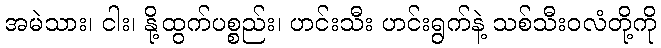
အမဲသား၊ ငါး၊ နို့ထွက်ပစ္စည်း၊ ဟင်းသီး ဟင်းရွက်နဲ့ သစ်သီးဝလံတို့ကို